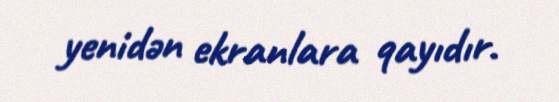
yenidən ekranlara qayıdır.